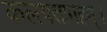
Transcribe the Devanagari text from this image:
कलयतामहम्।